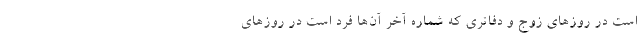
است در روز‌های زوج و دفاتری که شماره آخر آن‌ها فرد است در روز‌های